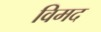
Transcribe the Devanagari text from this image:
विमद